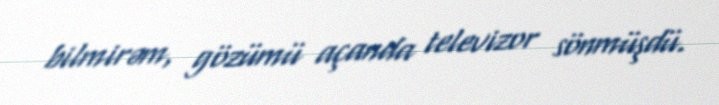
bilmirəm, gözümü açanda televizor sönmüşdü.